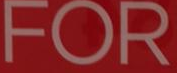
FOR